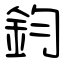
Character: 鈞